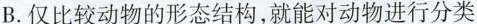
B.仅比较动物的形态结构，就能对动物进行分类